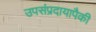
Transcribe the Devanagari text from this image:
उपसंप्रदायापैकी